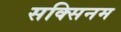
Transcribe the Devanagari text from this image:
सक्सिनम